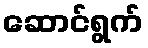
ဆောင်ရွက်